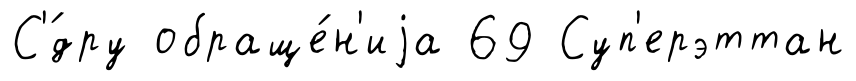
С'́дру обраще́н'иjа 69 Суп'ерэттан